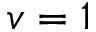
v = 1